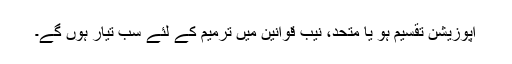
اپوزیشن تقسیم ہو یا متحد، نیب قوانین میں ترمیم کے لئے سب تیار ہوں گے۔